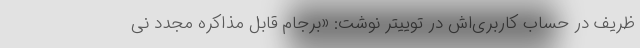
ظریف در حساب کاربری‌اش در توییتر نوشت: «برجام قابل مذاکره مجدد نی